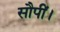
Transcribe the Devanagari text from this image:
सौपीं।